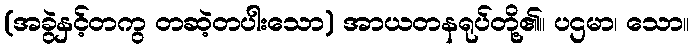
(အခွဲနှင့်တကွ တဆဲ့တပါးသော) အာယတနရုပ်တို့၏။ ပဌမာ၊ သော။